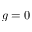
g = 0